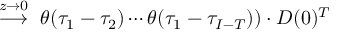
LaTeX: \stackrel { z \to 0 } { \longrightarrow } ~ \theta ( \tau _ { 1 } - \tau _ { 2 } ) \cdots \theta ( \tau _ { 1 } - \tau _ { I - T } ) ) \cdot D ( 0 ) ^ { T }